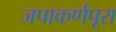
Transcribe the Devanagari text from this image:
जपाकर्णपूरा